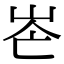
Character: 𡶍